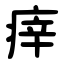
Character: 㾕